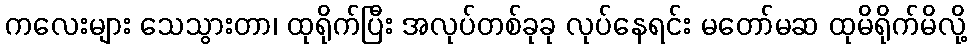
ကလေးများ သေသွားတာ၊ ထုရိုက်ပြီး အလုပ်တစ်ခုခု လုပ်နေရင်း မတော်မဆ ထုမိရိုက်မိလို့